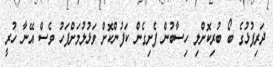
ދަރިފުޅުގެ ބޯ ބުރިކޮށްލި ހިސާބުން ފެށިގެން ކަފުންކޮށް ވަޅުލުމަށްފަހު ވެސް އޭނާ ހުރީ